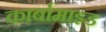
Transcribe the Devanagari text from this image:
कार्बामाइड